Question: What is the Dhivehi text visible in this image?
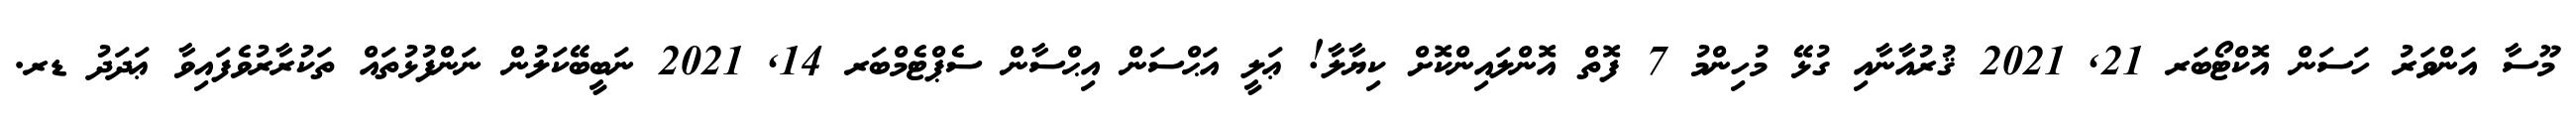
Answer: މޫސާ އަންވަރު ހަސަން އޮކްޓޯބަރ 21, 2021 ޤުރުއާނާއި ގުޅޭ މުހިންމު 7 ފޮތް އޮންލައިންކޮށް ކިޔާލާ! ޢަލީ އަޙްސަން އިޙްސާން ސެޕްޓެމްބަރ 14, 2021 ނަބީބޭކަލުން ނަންފުޅުތައް ތަކުރާރުވެފައިވާ ޢަދަދު ޑރ.